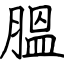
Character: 膃